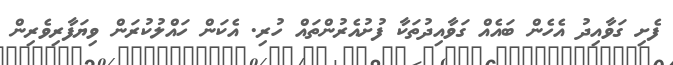
ފެށި ގަވާއިދު އެހެން ބައެއް ގަވާއިދުތަކާ ފުށުއެރުންތައް ހުރި. އެކަން ހައްލުކުރަން ވިޔަފާރިވެރިން